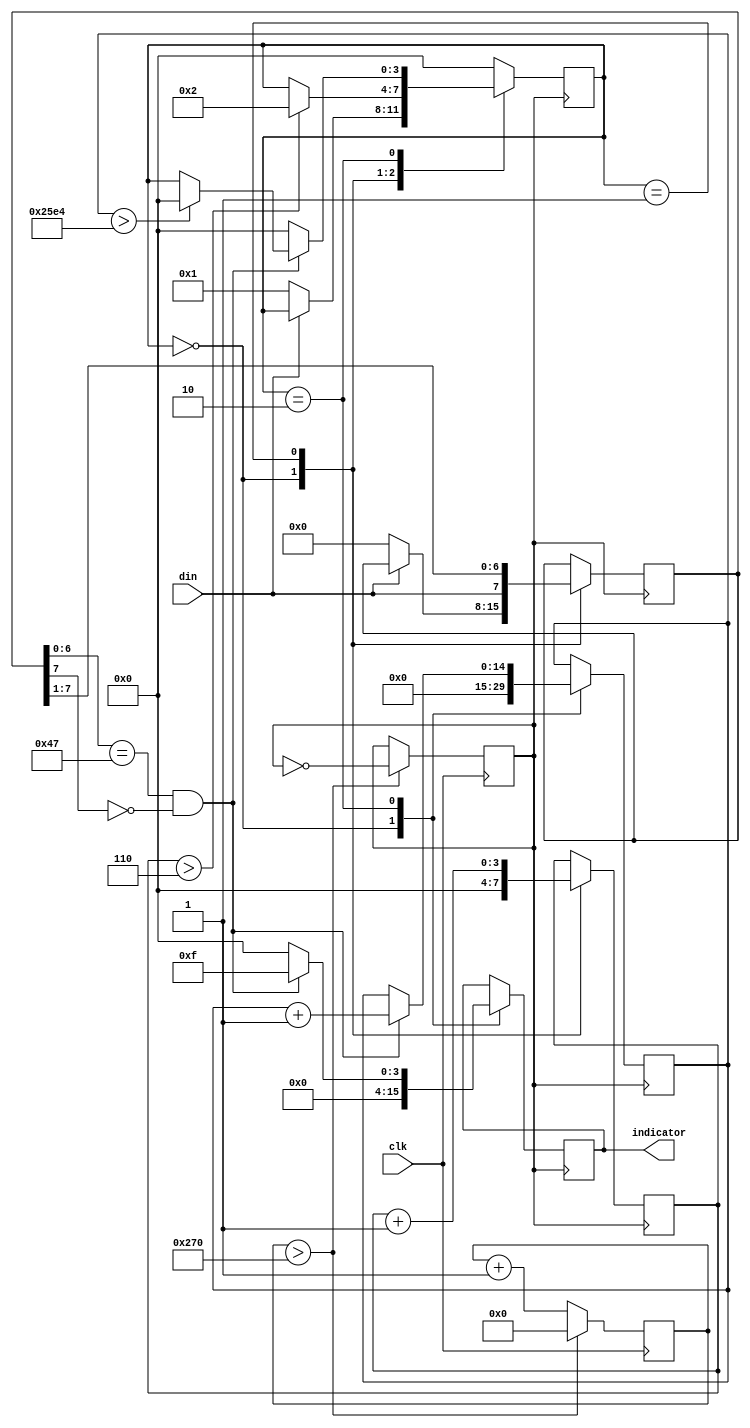
module UART_Rx(din,clk,indicator);

input            din, clk;
output reg [7:0] indicator;



reg    [9:0]    count;    // counting to generate clock
reg    [3:0]    rx_count;    // counting the bits received : 7 intended
reg    [3:0]    state;
reg    [7:0]    buffer;    // the received data
reg    [14:0]   indication_count;  // Counts for LED indication
reg             clk_baud;


parameter  idle = 4'd0, receive = 4'd1, decision = 4'd2;

initial clk_baud = 1'b0;
initial count    = 'd0;

always @ ( posedge clk_baud) begin
     case(state)
     idle             : begin
                        rx_count   <=    4'h0;
                        indicator  <=    8'b00000000;
                        indication_count <= 'd0;
                        if (~din) begin
                          rx_count  <=   4'h0;
                          state     <=   receive;
                          buffer    <=   'd0;
                          indicator <=    8'b00000000;
                        end
                        end
     receive          : begin
                         buffer     <= {din,buffer[7:1]};
                         rx_count   <= rx_count + 1'b1;
                         if(rx_count > 4'h6) begin
                           state <= decision;
                         end
                        end
     decision         : begin
                        if((buffer[6:0] == 7'h47) && (buffer[7] == 1'b0)) begin  // Even parity, here 0, code for G
                          indicator        <= 8'b00001111;
                          indication_count <= indication_count + 1'b1;
                          if (indication_count > 15'd9700)
                          state     <=   idle;
                        end else begin
                          state     <=   idle;
                          indicator <= 8'b00000000;
                        end
                        end
     default          : state <= idle;
     endcase
end
/*------ Producing clock/bauds at the rate of 9600 / second*/
always @ ( posedge clk ) begin
    count <= count + 1'b1;
    if(count > 10'd624) begin
      count     <= 'd0;
      clk_baud  <= ~clk_baud;
    end
end


endmodule